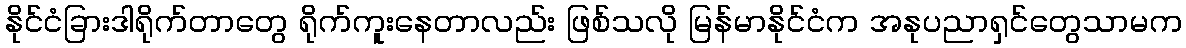
နိုင်ငံခြားဒါရိုက်တာတွေ ရိုက်ကူးနေတာလည်း ဖြစ်သလို မြန်မာနိုင်ငံက အနုပညာရှင်တွေသာမက